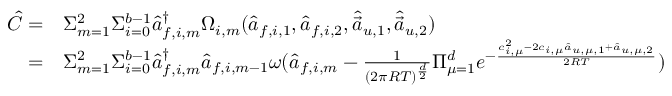
\begin{array} { r l } { \hat { C } = } & { \Sigma _ { m = 1 } ^ { 2 } \Sigma _ { i = 0 } ^ { b - 1 } \hat { a } _ { f , i , m } ^ { \dagger } \Omega _ { i , m } ( \hat { a } _ { f , i , 1 } , \hat { a } _ { f , i , 2 } , \hat { \vec { a } } _ { u , 1 } , \hat { \vec { a } } _ { u , 2 } ) } \\ { = } & { \Sigma _ { m = 1 } ^ { 2 } \Sigma _ { i = 0 } ^ { b - 1 } \hat { a } _ { f , i , m } ^ { \dagger } \hat { a } _ { f , i , m - 1 } \omega ( \hat { a } _ { f , i , m } - \frac { 1 } { ( 2 \pi R T ) ^ { \frac { d } { 2 } } } \Pi _ { \mu = 1 } ^ { d } e ^ { - \frac { c _ { i , \mu } ^ { 2 } - 2 c _ { i , \mu } \hat { a } _ { u , \mu , 1 } + \hat { a } _ { u , \mu , 2 } } { 2 R T } } ) } \end{array}